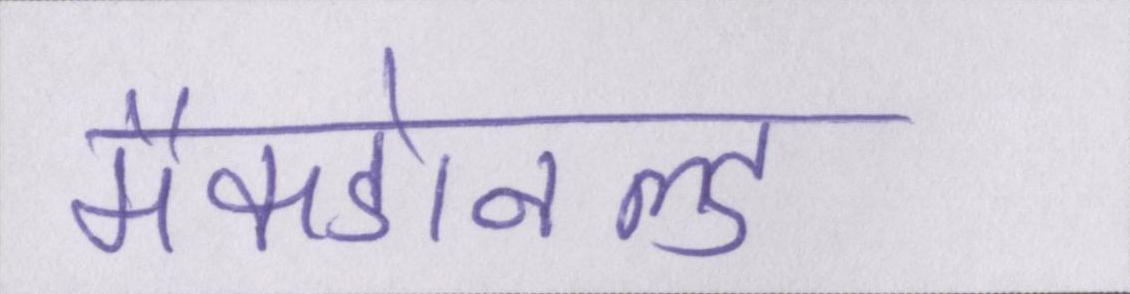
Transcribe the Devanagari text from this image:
मैकडोनल्ड